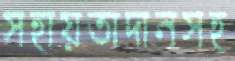
সহায়তাদানসহ